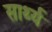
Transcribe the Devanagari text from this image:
सार्थ्य